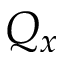
Q _ { x }